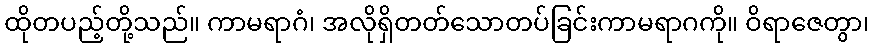
ထိုတပည့်တို့သည်။ ကာမရာဂံ၊ အလိုရှိတတ်သောတပ်ခြင်းကာမရာဂကို။ ဝိရာဇေတွာ၊